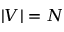
| V | = N